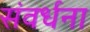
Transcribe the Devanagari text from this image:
संवर्धना